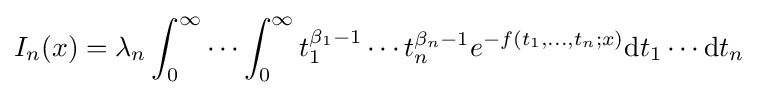
I_{n}(x)=\lambda _{n}\int _{0}^{\infty }\cdots \int _{0}^{\infty }t_{1}^{\beta _{1}-1}\cdots t_{n}^{\beta _{n}-1}e^{-f(t_{1},\dots ,t_{n};x)}\mathrm {d} t_{1}\cdots \mathrm {d} t_{n}